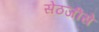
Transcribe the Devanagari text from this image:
सेठजीसे